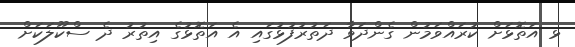
ޅ އަތޮޅަށް ކުރައްވަމުން ގެންދަވާ ދަތުރުފުޅުގައި އެ އަތޮޅުގެ އިތުރު ދެ ސްކޫލަކަށް